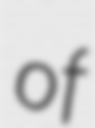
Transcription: of